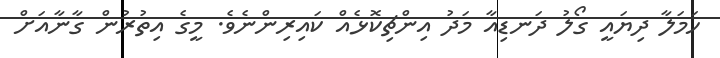
ހަމަލާ ދިޔައީ ގޯލު ދަނޑިއާ މަދު އިންޗިކޮޅެއް ކައިރިންނެވެ. މީގެ އިތުރުން ގާނާއަށް